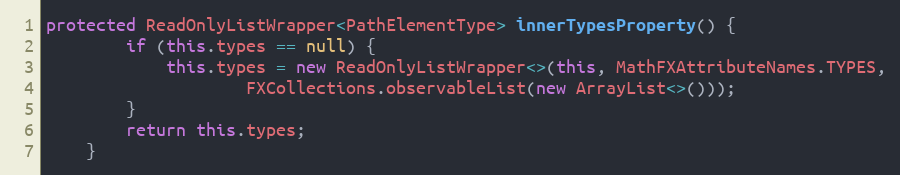
Language: Java
protected ReadOnlyListWrapper<PathElementType> innerTypesProperty() {
		if (this.types == null) {
			this.types = new ReadOnlyListWrapper<>(this, MathFXAttributeNames.TYPES,
					FXCollections.observableList(new ArrayList<>()));
		}
		return this.types;
	}